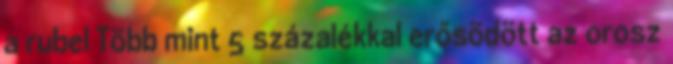
a rubel Több mint 5 százalékkal erősödött az orosz